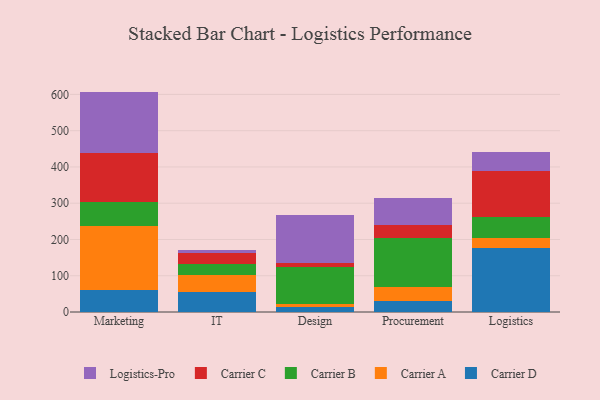
{"axis": {"x": "Department", "y": "Backlog"}, "legend": ["Carrier A", "Carrier B", "Carrier C", "Carrier D", "Logistics-Pro"], "data": [{"x": "Marketing", "y": 61.5, "type": "Carrier D"}, {"x": "Marketing", "y": 175.5, "type": "Carrier A"}, {"x": "Marketing", "y": 67.7, "type": "Carrier B"}, {"x": "Marketing", "y": 133.4, "type": "Carrier C"}, {"x": "Marketing", "y": 169.7, "type": "Logistics-Pro"}, {"x": "IT", "y": 53.8, "type": "Carrier D"}, {"x": "IT", "y": 48.0, "type": "Carrier A"}, {"x": "IT", "y": 30.7, "type": "Carrier B"}, {"x": "IT", "y": 29.7, "type": "Carrier C"}, {"x": "IT", "y": 9.3, "type": "Logistics-Pro"}, {"x": "Design", "y": 14.7, "type": "Carrier D"}, {"x": "Design", "y": 7.0, "type": "Carrier A"}, {"x": "Design", "y": 103.6, "type": "Carrier B"}, {"x": "Design", "y": 10.8, "type": "Carrier C"}, {"x": "Design", "y": 131.7, "type": "Logistics-Pro"}, {"x": "Procurement", "y": 29.0, "type": "Carrier D"}, {"x": "Procurement", "y": 39.5, "type": "Carrier A"}, {"x": "Procurement", "y": 136.1, "type": "Carrier B"}, {"x": "Procurement", "y": 35.7, "type": "Carrier C"}, {"x": "Procurement", "y": 73.9, "type": "Logistics-Pro"}, {"x": "Logistics", "y": 175.7, "type": "Carrier D"}, {"x": "Logistics", "y": 27.8, "type": "Carrier A"}, {"x": "Logistics", "y": 59.8, "type": "Carrier B"}, {"x": "Logistics", "y": 124.2, "type": "Carrier C"}, {"x": "Logistics", "y": 55.0, "type": "Logistics-Pro"}]}